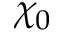
\chi _ { 0 }